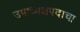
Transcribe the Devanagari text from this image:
उपाध्यक्षपदाचा